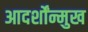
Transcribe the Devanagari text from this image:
आदर्शोंन्मुख